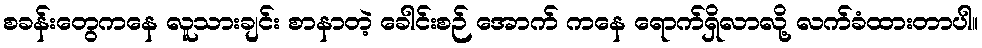
စခန်းတွေကနေ လူသားချင်း စာနာတဲ့ ခေါင်းစဉ် အောက် ကနေ ရောက်ရှိလာလို့ လက်ခံထားတာပါ။